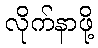
လိုက်နာဖို့